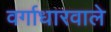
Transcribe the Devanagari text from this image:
वर्गाधारवाले